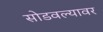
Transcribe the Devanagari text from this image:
सोडवल्यावर